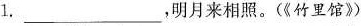
1.___,明月来相照。(《竹里馆》)